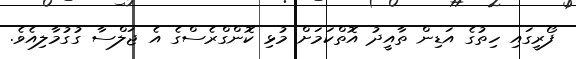
ފޯރީގައި ހިތުގެ އަޑިން ތާއީދު އޮތްކަމަށް މުޅި ކޮންގްރެސްގެ އެ ޖަލްސާ ގުގުމާލިއެވެ.